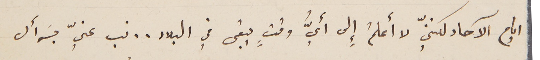
ايام الآحاد لكننّي لا أعلمُ إِلى أيُّ وقتٍ يبقى في البلاد.. نب عنيّ بسَوأل